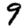
Digit: 9